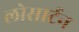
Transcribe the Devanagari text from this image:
लोसार्टन